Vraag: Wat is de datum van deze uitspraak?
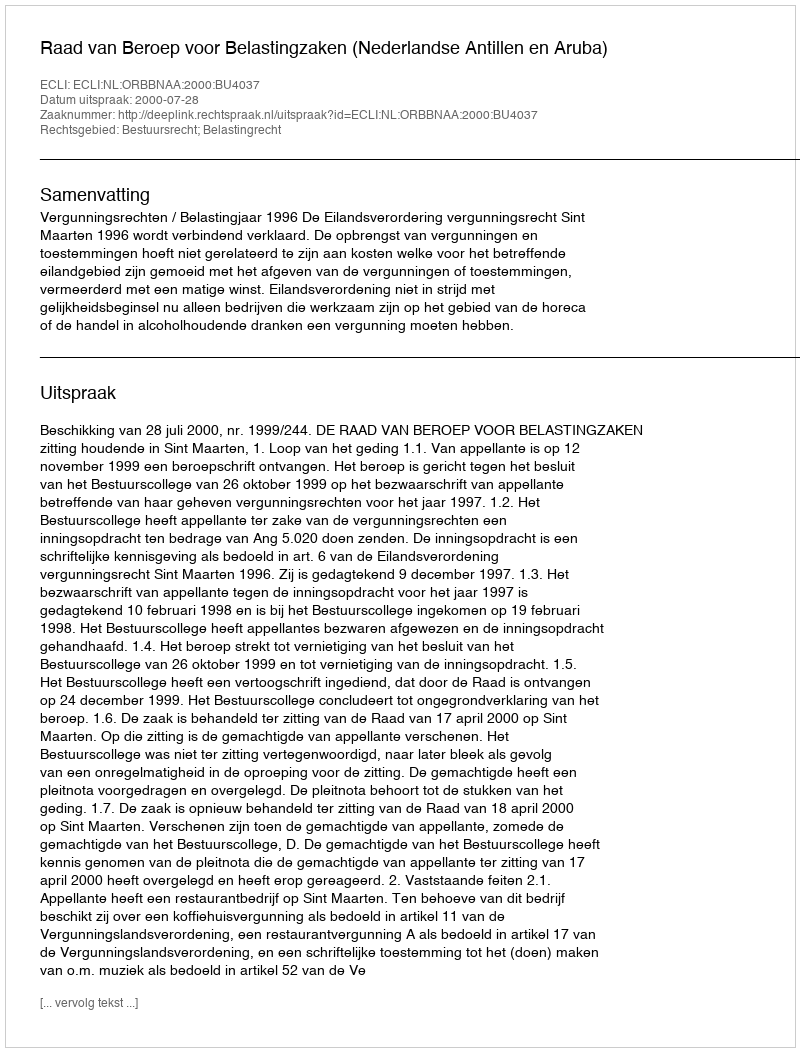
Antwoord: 2000-07-28